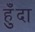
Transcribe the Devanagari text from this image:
हुँदा